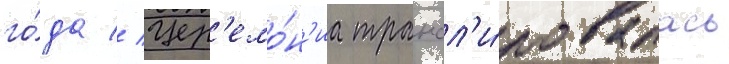
го́да // Цер'емо́н'иа трансл'и́ровалась